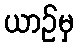
ယာဉ်မှ